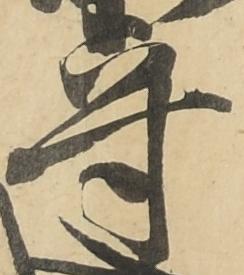
守